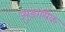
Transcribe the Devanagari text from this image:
ज्यूडायिक